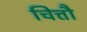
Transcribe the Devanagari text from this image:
चित्तौ